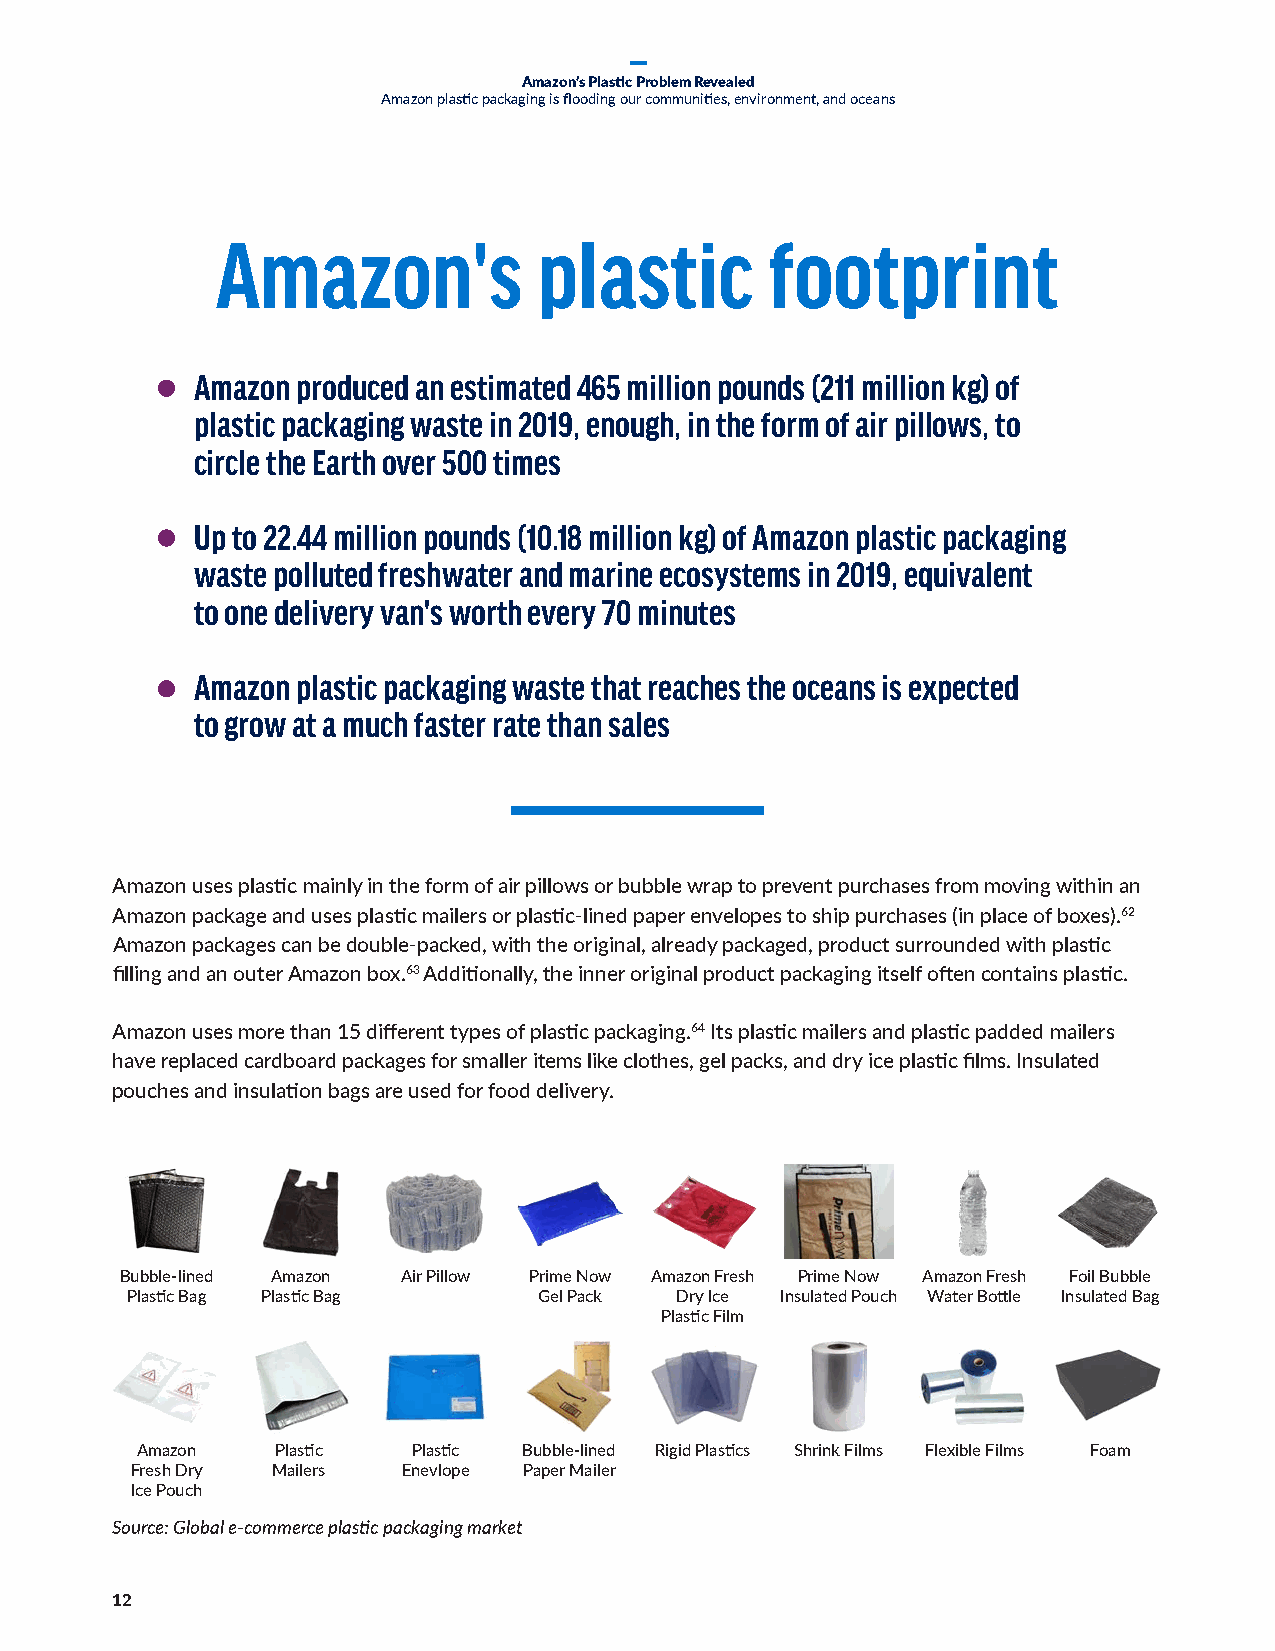
Amazon’s Plastic Problem Revealed
 Amazon plastic packaging is flooding our communities, environment, and oceans
 Amazon's              plastic        footprint
 Amazon produced an estimated 465 million pounds (211 million kg) of
 plastic packaging waste in 2019, enough, in the form of air pillows, to
 circle the Earth over 500 times
 Up to 22.44 million pounds (10.18 million kg) of Amazon plastic packaging
 waste polluted freshwater and marine ecosystems in 2019, equivalent
 to one delivery van's worth every 70 minutes
 Amazon plastic packaging waste that reaches the oceans is expected
 to grow at a much faster rate than sales
 Amazon uses plastic mainly in the form of air pillows or bubble wrap to prevent purchases from moving within an
 Amazon package and uses plastic mailers or plastic-lined paper envelopes to ship purchases (in place of boxes).62
 Amazon packages can be double-packed, with the original, already packaged, product surrounded with plastic
 filling and an outer Amazon box.63 Additionally, the inner original product packaging itself often contains plastic.
 Amazon uses more than 15 different types of plastic packaging.64 Its plastic mailers and plastic padded mailers
 have replaced cardboard packages for smaller items like clothes, gel packs, and dry ice plastic films. Insulated
 pouches and insulation bags are used for food delivery.
 Bubble-lined Amazon Air Pillow Prime Now Amazon Fresh Prime Now Amazon Fresh Foil Bubble
 Plastic Bag Plastic Bag     Gel Pack Dry Ice Insulated Pouch Water Bottle Insulated Bag
 Plastic Film
 Amazon   Plastic  Plastic Bubble-lined Rigid Plastics Shrink Films Flexible Films Foam
 Fresh Dry Mailers Enevlope Paper Mailer
 Ice Pouch
 Source: Global e-commerce plastic packaging market
 12